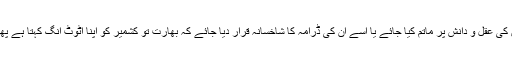
مذاکرات میں جو پاکستانی حکومتیں حصہ لیتی رہی ہیں، ان کی عقل و دانش پر ماتم کیا جائے یا اسے ان کی ڈرامہ کا شاخسانہ قرار دیا جائے کہ بھارت تو کشمیر کو اپنا اٹوٹ انگ کہتا ہے پھر بھی یہ اس کے ساتھ مذاکرات کی میز پر بیٹھ جاتے ہیں۔